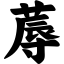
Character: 蓐